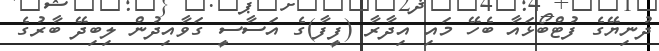
ދުނިޔޭގެ ފުޓްބޯޅައާ ބެހޭ މައި އިދާރާ (ފީފާ)ގެ އަސާސީ ގަވާއިދުން ލިބިދޭ ބާރުގެ